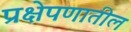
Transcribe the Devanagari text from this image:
प्रक्षेपणातील